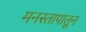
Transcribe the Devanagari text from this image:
मनस्तापातून